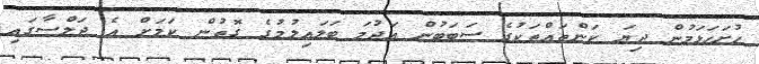
ހުށަހަޅަމުން ދިޔަ ކަންތައްތަކުގެ ސަބަބުން އަޖުމަ ބަލައިލުމުގެ ގޮތުން ކަމަށް އެ ޖަލްސާގައި